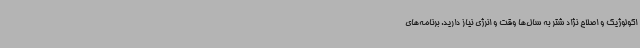
اکولوژیک و اصلاح نژاد شتر به سال‌ها وقت و انرژی نیاز دارید. برنامه‌های